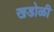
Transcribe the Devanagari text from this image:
खडोळी